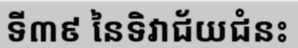
ទី៣៩ នៃទិវាជ័យជំនះ